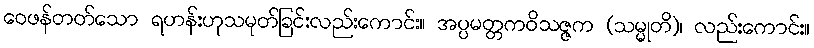
ဝေဖန်တတ်သော ရဟန်းဟုသမုတ်ခြင်းလည်းကောင်း။ အပ္ပမတ္တကဝိသဇ္ဇက (သမ္မုတိ)၊ လည်းကောင်း။